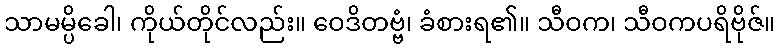
သာမမ္ပိခေါ၊ ကိုယ်တိုင်လည်း။ ဝေဒိတဗ္ဗံ၊ ခံစားရ၏။ သီဝက၊ သီဝကပရိဗိုဇ်။